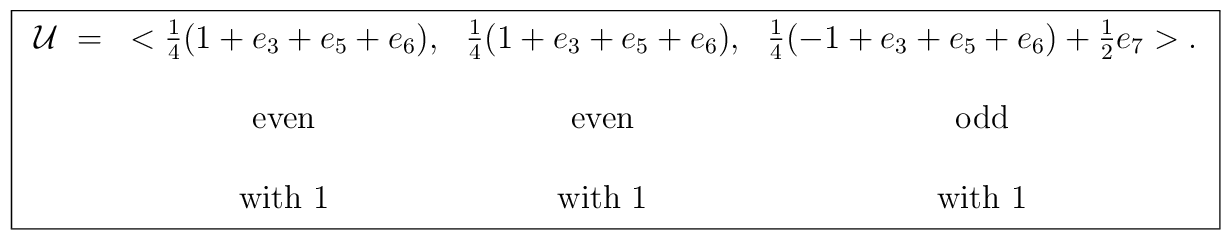
\fbox{$\begin{array}{lccc}\cal{U} \; =& <\frac{1}{4}(1+e_{3}+e_{5}+e_{6}), &\frac{1}{4}(1+e_{3}+e_{5}+e_{6}), &\frac{1}{4}(-1+e_{3}+e_{5}+e_{6})+\frac{1}{2}e_{7}>. \\ \\&\mbox{even}&\mbox{even}&\mbox{odd} \\ \\& \mbox{with } 1 & \mbox{with } 1 & \mbox{with } 1 \\\end{array}$}